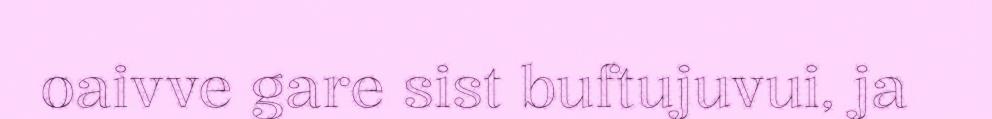
oaivve gare sist buftujuvui, ja